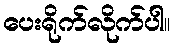
ပေးရိုက်လိုက်ပါ။